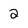
Character: 2